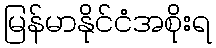
မြန်မာနိုင်ငံအစိုးရ